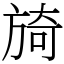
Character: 旑